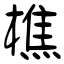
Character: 樵